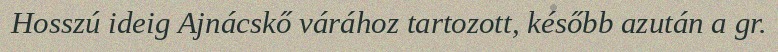
Hosszú ideig Ajnácskő várához tartozott, később azután a gr.